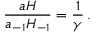
\frac { a H } { a _ { - 1 } H _ { - 1 } } = \frac { 1 } { \gamma } \, .